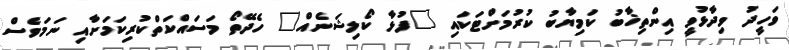
ވަހީދު ވިދާޅުވީ އިންތިޚާބު ކަމިޔާބު ކުރުމަށްޓަކައި "ފުޅާ ކޯލިޝަނެއް" ހެދޭތޯ މަސައްކަތްކުރިކަމަށާއި ނަމަވެސް